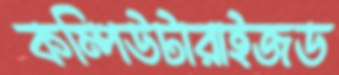
কম্পিউটারাইজড